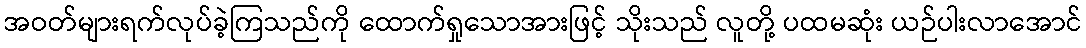
အဝတ်များရက်လုပ်ခဲ့ကြသည်ကို ထောက်ရှုသောအားဖြင့် သိုးသည် လူတို့ ပထမဆုံး ယဉ်ပါးလာအောင်